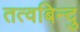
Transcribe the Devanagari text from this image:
तत्वबिन्दु